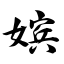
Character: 嫔